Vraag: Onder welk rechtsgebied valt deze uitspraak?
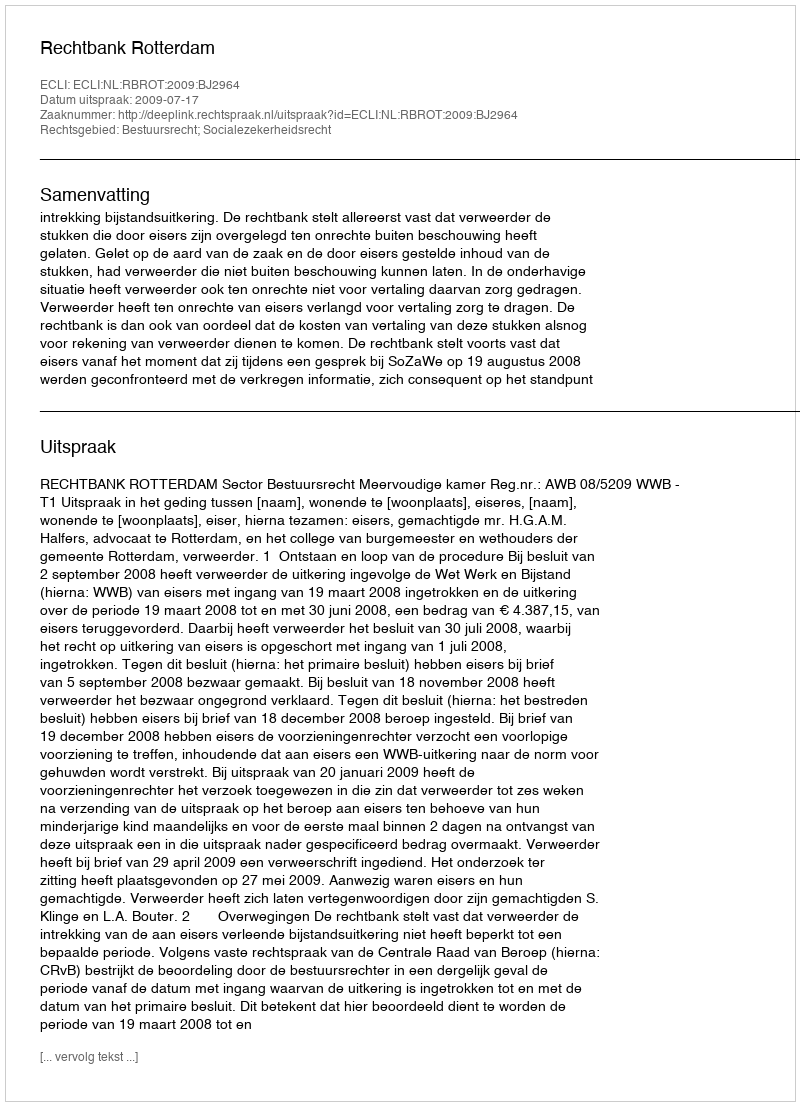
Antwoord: Bestuursrecht; Socialezekerheidsrecht